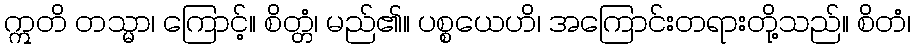
ဣတိ တသ္မာ၊ ကြောင့်။ စိတ္တံ၊ မည်၏။ ပစ္စယေဟိ၊ အကြောင်းတရားတို့သည်။ စိတံ၊